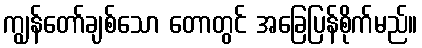
ကျွန်တော်ချစ်သော တောတွင် အခြေပြန်စိုက်မည်။